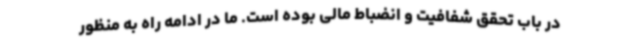
در باب تحقق شفافیت و انضباط مالی بوده است. ما در ادامه راه به منظور